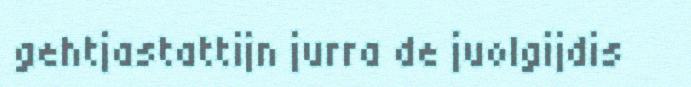
gehtjastattijn jurra de juolgijdis